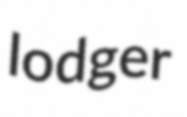
lodger